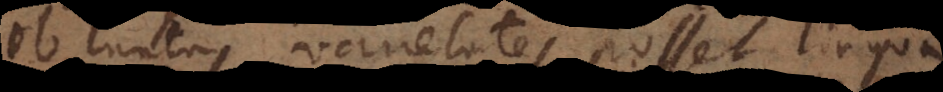
Ob tantas varietates posset lingua